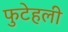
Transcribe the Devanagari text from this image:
फुटेहली